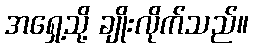
အရှေ့သို့ ချိုးလိုက်သည်။